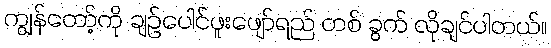
ကျွန်တော့်ကို ချဉ်ပေါင်ဖူးဖျော်ရည် တစ် ခွက် လိုချင်ပါတယ်။